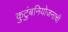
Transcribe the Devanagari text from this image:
कुटुंबनियोजनाची